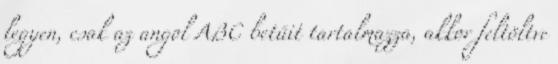
legyen, csak az angol ABC betűit tartalmazza, akkor feltöltve